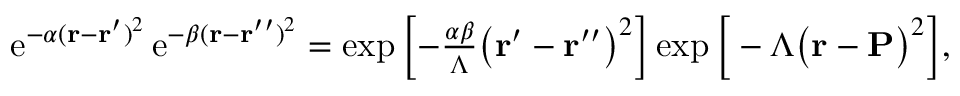
\begin{array} { r } { \mathrm { e } ^ { - \alpha ( \mathbf { r } - \mathbf { r } ^ { \prime } ) ^ { 2 } } \, \mathrm { e } ^ { - \beta ( \mathbf { r } - \mathbf { r } ^ { \prime \prime } ) ^ { 2 } } = \exp \left[ - \frac { \alpha \beta } { \Lambda } \big ( \mathbf { r } ^ { \prime } - \mathbf { r } ^ { \prime \prime } \big ) ^ { 2 } \right] \exp \Big [ - \Lambda \big ( \mathbf { r } - \mathbf { P } \big ) ^ { 2 } \Big ] , } \end{array}